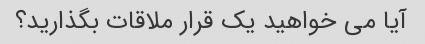
آیا می خواهید یک قرار ملاقات بگذارید؟